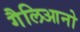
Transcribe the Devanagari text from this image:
गैलिआनो